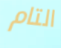
التام